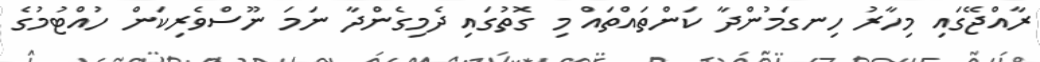
ރާއްޖޭގައި މިހާރު ހިނގަމުންދާ ކަންތައްތައް މި ގޮތުގައި ދެމިގެންދާ ނަމަ ނޫސްވެރިކަން ހުއްޓުމުގެ